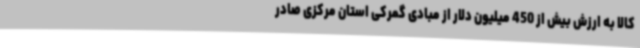
کالا به ارزش بیش از 450 میلیون دلار از مبادی گمرکی استان مرکزی صادر